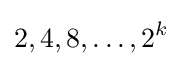
2,4,8,\ldots ,2^{k}